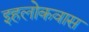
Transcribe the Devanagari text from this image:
इहलोकवास